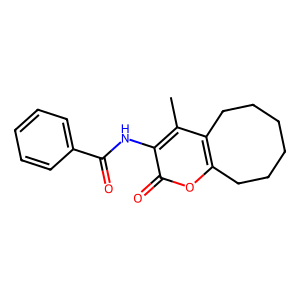
SMILES: Cc1c2c(oc(=O)c1NC(=O)c1ccccc1)CCCCCC2
Inhibits HIV replication: No